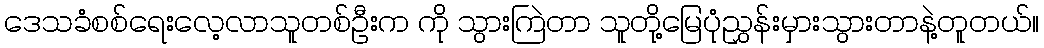
ဒေသခံစစ်ရေးလေ့လာသူတစ်ဦးက ကို သွားကြဲတာ သူတို့မြေပုံညွှန်းမှားသွားတာနဲ့တူတယ်။